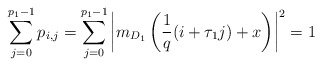
\begin{align*}\sum_{j=0}^{p_{1}-1} p_{i, j}=\sum_{j=0}^{p_{1}-1} \left|m_{D_1}\left(\frac{1}{q}(i+ \tau_{1}j)+x\right)\right|^{2}=1\end{align*}